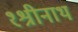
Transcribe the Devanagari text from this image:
१श्रीनाथ